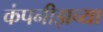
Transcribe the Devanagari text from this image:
कंपनीझच्या